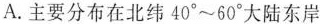
A.主要分布在北纬40°~60°大陆东岸